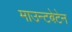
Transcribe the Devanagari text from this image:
माउन्टबेटेन